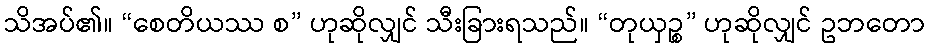
သိအပ်၏။ “စေတိယဿ စ” ဟုဆိုလျှင် သီးခြားရသည်။ “တုယှဉ္စ” ဟုဆိုလျှင် ဥဘတော